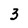
Character: 3